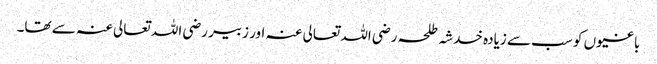
باغیوں کو سب سے زیادہ خدشہ طلحہ رضی اللہ تعالی عنہ اور زبیر رضی اللہ تعالی عنہ سے تھا۔